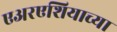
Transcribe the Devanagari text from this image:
एअरएशियाच्या